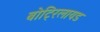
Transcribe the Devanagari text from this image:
बोट्रिलायड